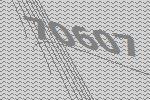
70607